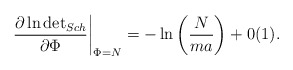
\begin{align*}\left. \frac{\partial \ln \mbox{det}_{{Sch}}}{\partial \Phi}\right|_{\Phi = N} = -\ln \left( \displaystyle\frac{N}{ma} \right) +0(1).\end{align*}